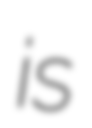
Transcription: is